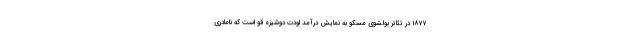
۱۸۷۷ در تئاتر بولشوی مسکو به نمایش درآمد اودت دوشیزه قو است که نامادری